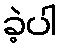
ခဲ့ပါ